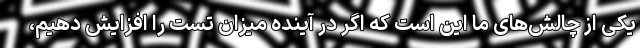
یکی از چالش‌‌های ما این است که اگر در آینده میزان تست را افزایش دهیم،